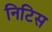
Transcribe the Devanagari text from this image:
निटिस